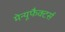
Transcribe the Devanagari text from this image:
मेन्यूफैक्टर्स